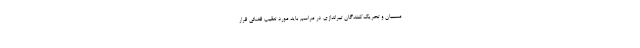
مسببان و تحریک‌کنندگان تیراندازی در مراسم باید مورد تعقیب قضائی قرار